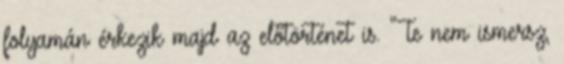
folyamán érkezik majd az előtörténet is. "Te nem ismersz,